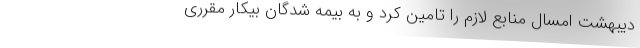
دیبهشت امسال منابع لازم را تامین کرد و به بیمه شدگان بیکار مقرری